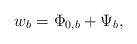
LaTeX: \begin{align*}w_b = \Phi_{0,b} + \Psi_{b},\end{align*}